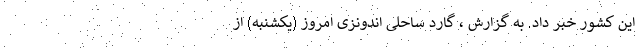
این کشور خبر داد. به گزارش ، گارد ساحلی اندونزی امروز (یکشنبه) از